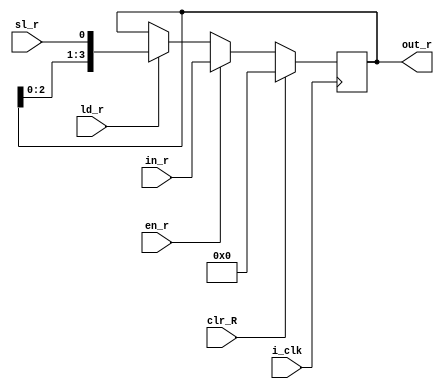
`timescale 1ns / 1ps
//////////////////////////////////////////////////////////////////////////////////
// Company: 
// Engineer: 
// 
// Design Name: 
// Module Name: Shift_left_reg_r
// Project Name: 
// Target Devices: 
// Tool Versions: 
// Description: 
// 
// Dependencies: 
// 
// Revision:
// Revision 0.01 - File Created
// Additional Comments:
// 
//////////////////////////////////////////////////////////////////////////////////

`define WIDTH_R 4
module Shift_left_reg_r(i_clk , clr_R , in_r , en_r , ld_r  , sl_r , out_r  );
input i_clk ;
input clr_R ;     ///clears the register ///
input [`WIDTH_R-1:0] in_r ;
input ld_r ;       ///load enable  //
input en_r  ;   ///enable the data at input  ///
input sl_r ; ///shift_enable ///
output reg [`WIDTH_R-1:0] out_r  ;  



always @ (posedge i_clk)
 begin 
   if(clr_R==1'b1)
    out_r <= 4'b0000;
      else if(en_r==1'b1)
      begin
            out_r <= in_r ;
           end
                  else if (ld_r==1'b1)
        begin
                   out_r <= {out_r[2:0] , sl_r} ;    //shift_left ///
                end
                    else
          begin
                  out_r <= out_r ;
                  end      
               end         
endmodule